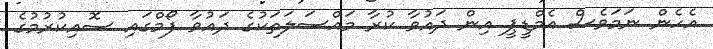
އެހެން ނަމަވެސް އެމްޑީޕީ އިން ދައުވާ ކުރާ މައްސަލަތަކުގެ ދައުވާ ފޯމްގައި ސޮއިކުރުމުގެ